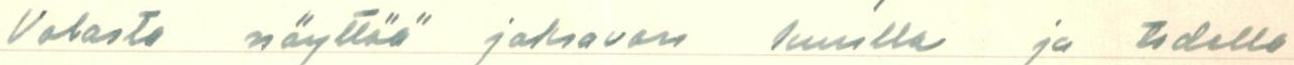
Volasta näyttää jaksavan kuulla ja todella